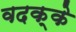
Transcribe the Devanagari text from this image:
वदक्के